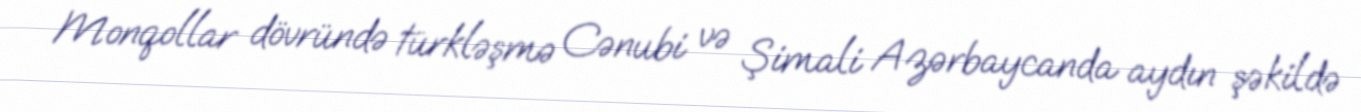
Monqollar dövründə türkləşmə Cənubi və Şimali Azərbaycanda aydın şəkildə